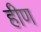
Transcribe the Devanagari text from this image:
हीण